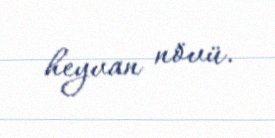
heyvan növü.